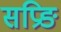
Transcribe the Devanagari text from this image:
सप्रिङ